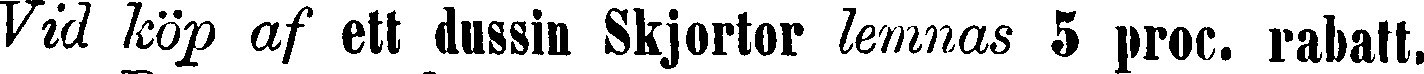
Vid köp af ett dussin Skjortor lemnas 5 proc. rabatt,